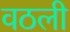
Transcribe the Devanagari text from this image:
वठली